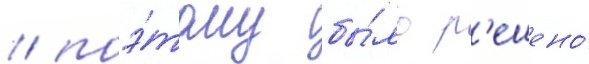
/ поэ́тому бы́ло р'ешено́